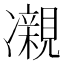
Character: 𫥝